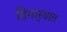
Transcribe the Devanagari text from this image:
ढिगार्‍यात